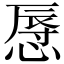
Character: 𢟲